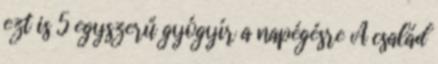
ezt is 5 egyszerű gyógyír a napégésre A család